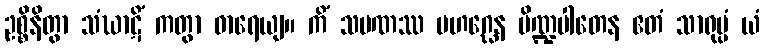
ဥစ္စိနိတွာ သံဃာဋိံ ကတွာ ဓာရေယျ။ ကိံ သမဏဿ မဟဂ္ဃေန ပိဏ္ဍပါတေန ဧတံ သာရုပ္ပံ ယံ